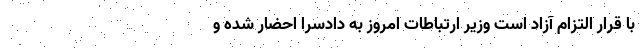
با قرار التزام آزاد است وزیر ارتباطات امروز به دادسرا احضار شده و